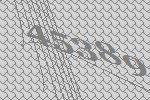
45389